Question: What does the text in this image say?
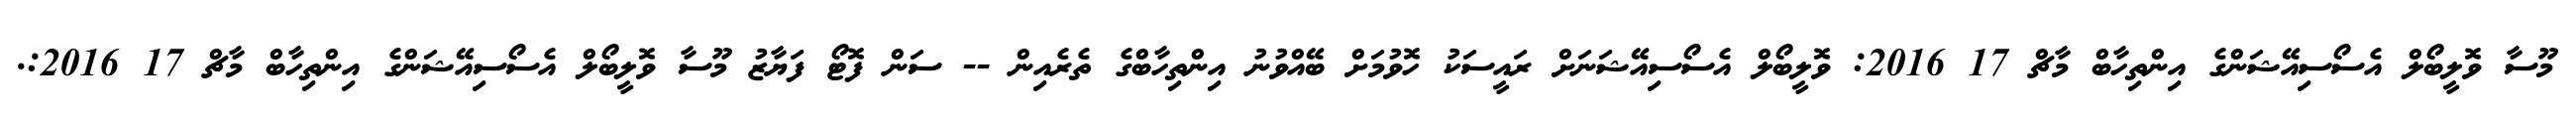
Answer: މޫސާ ވޮލީބޯލް އެސޯސިއޭޝަންގެ އިންތިހާބް މާޗް 17 2016: ވޮލީބޯލް އެސޯސިއޭޝަނަށް ރައީސަކު ހޮވުމަށް ބޭއްވުނު އިންތިހާބްގެ ތެރެއިން -- ސަން ފޮޓޯ ފަޔާޒު މޫސާ ވޮލީބޯލް އެސޯސިއޭޝަންގެ އިންތިހާބް މާޗް 17 2016:.